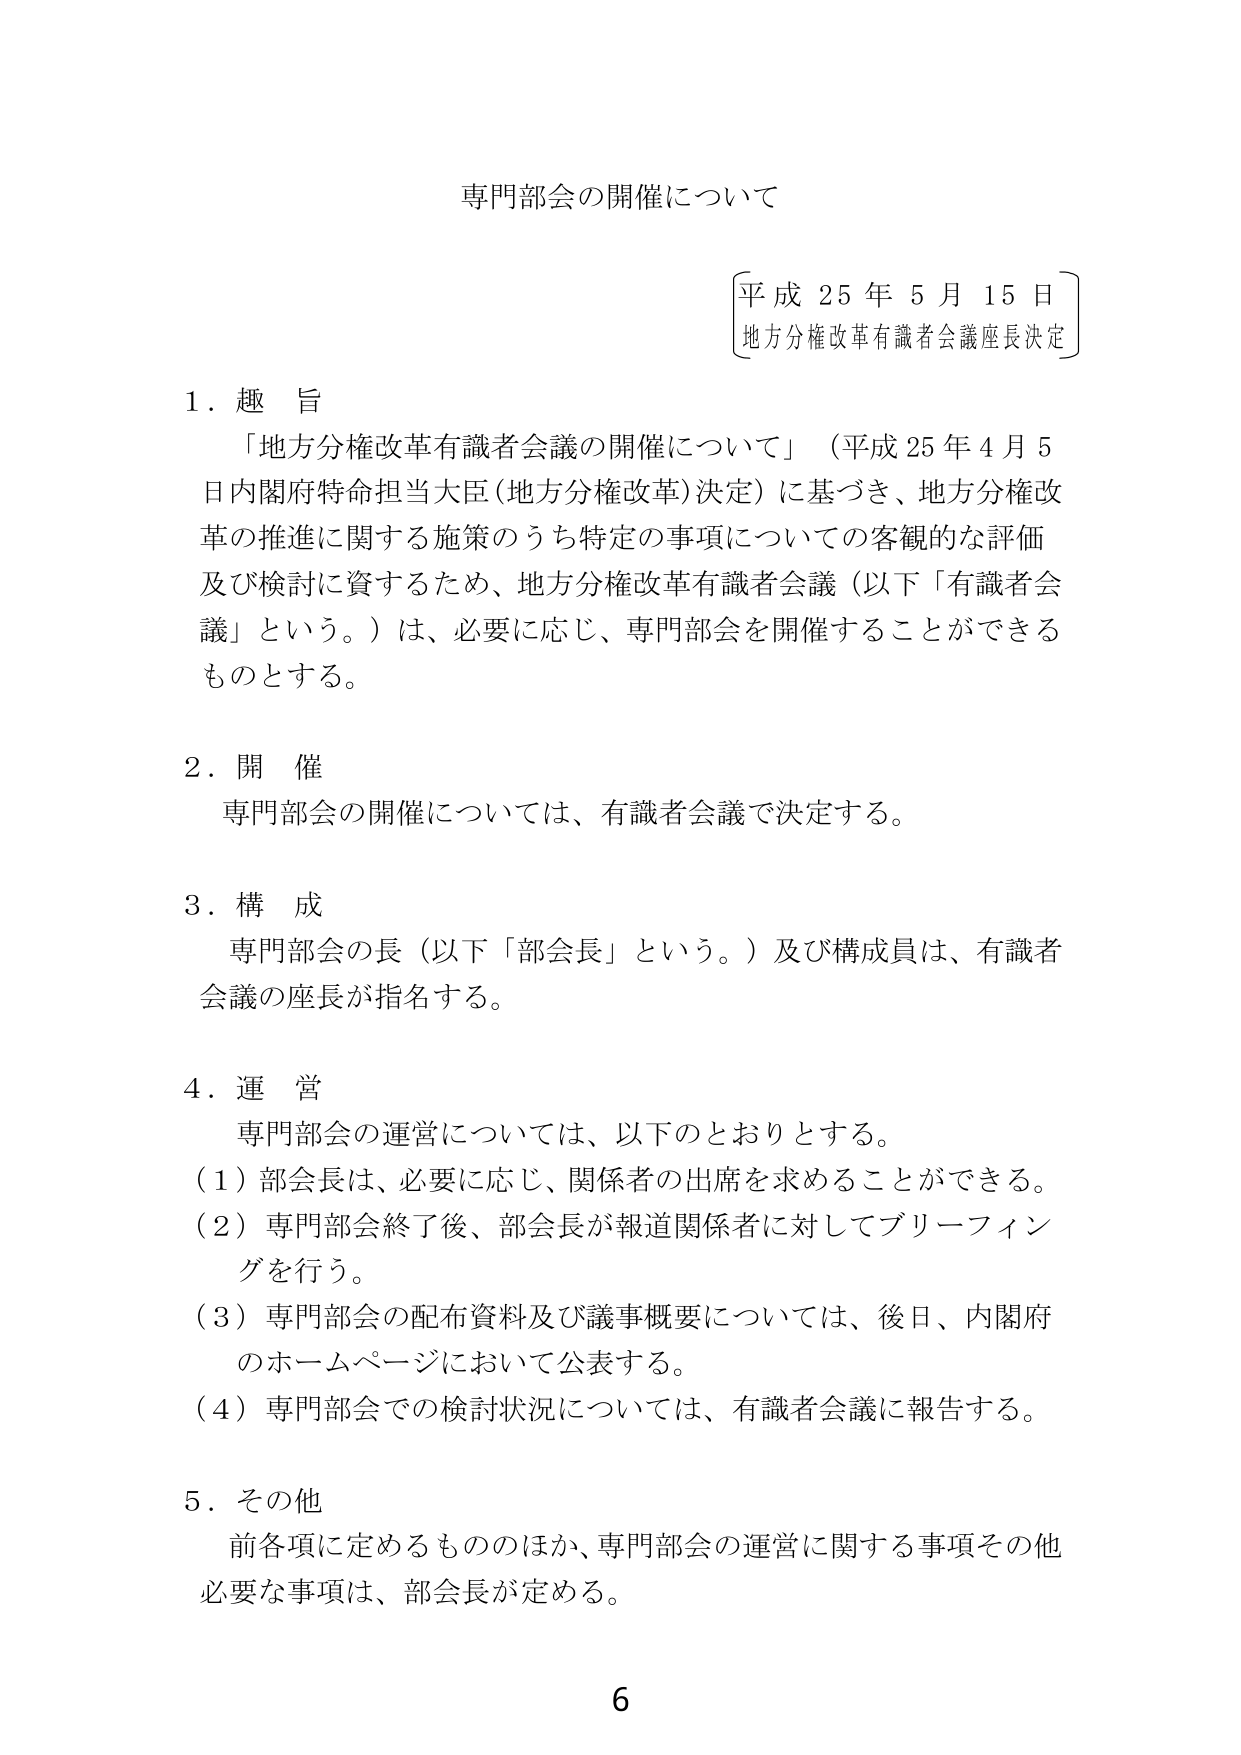
専門部会の開催について

平成25年5月15日
地方分権改革有識者会議座長決定

1．趣旨
「地方分権改革有識者会議の開催について」（平成25年4月5日内閣府特命担当大臣（地方分権改革）決定）に基づき、地方分権改革の推進に関する施策のうち特定の事項についての客観的な評価及び検討に資するため、地方分権改革有識者会議（以下「有識者会議」という。）は、必要に応じ、専門部会を開催することができるものとする。

2．開催
専門部会の開催については、有識者会議で決定する。

3．構成
専門部会の長（以下「部会長」という。）及び構成員は、有識者会議の座長が指名する。

4．運営
専門部会の運営については、以下のとおりとする。
（1）部会長は、必要に応じ、関係者の出席を求めることができる。
（2）専門部会終了後、部会長が報道関係者に対してブリーフィングを行う。
（3）専門部会の配布資料及び議事概要については、後日、内閣府のホームページにおいて公表する。
（4）専門部会での検討状況については、有識者会議に報告する。

5．その他
前各項に定めるもののほか、専門部会の運営に関する事項その他必要な事項は、部会長が定める。

6